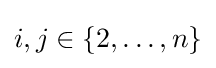
i,j\in \{2,\dotsc ,n\}